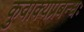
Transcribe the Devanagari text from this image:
कुवाक्यप्रबन्धः